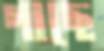
গাছে